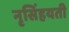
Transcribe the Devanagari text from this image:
नृसिंहयती